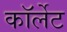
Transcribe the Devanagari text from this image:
कॉर्लेट